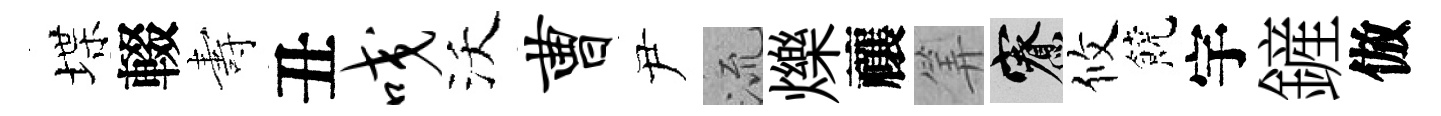
堞輟夀丑咬沃曹尹𣴑爍禳筭寮攸饒宇鏟倣